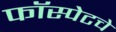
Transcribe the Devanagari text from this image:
फॉस्पेटचे